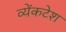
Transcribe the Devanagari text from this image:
व्येंकटेश